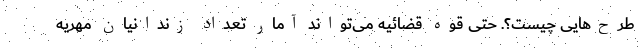
طرح‌هایی چیست؟. حتی قوه قضائیه می‌تواند آمار تعداد زندانیان مهریه